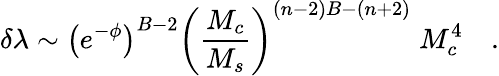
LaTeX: \delta\lambda\sim\left(e^{-\phi}\right)^{B-2}\left({\frac{M_{c}}{M_{s}}}\right)^{(n-2)B-(n+2)}\; M_{c}^{4}\quad.